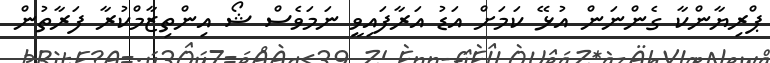
ޕްރިޔާންކާ ގެންނަން އުޅޭ ކަމަށް އަޑު އަރާފައިވީ ނަމަވެސް ޝޯ އިންތިޒާމްކުރާ ފަރާތުން